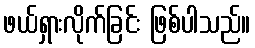
ဖယ်ရှားလိုက်ခြင်း ဖြစ်ပါသည်။